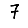
Digit: 7